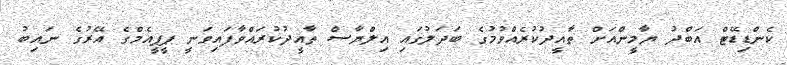
ކެންޑިޑޭޓް އަބްދު ޔާމީންއަށް ތާއީދުކުރެއްވުމުގެ ބަދަލުގައި އިލްޔާސް ތާއީދުކުރައްވާފައިވަނީ ޕީޕީއެމްގެ އޭރުގެ ނައިބު